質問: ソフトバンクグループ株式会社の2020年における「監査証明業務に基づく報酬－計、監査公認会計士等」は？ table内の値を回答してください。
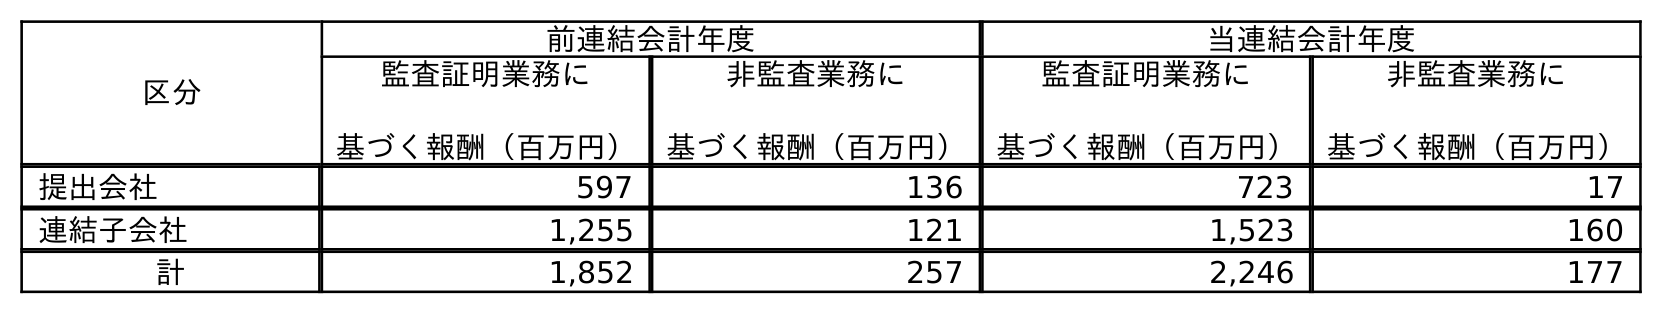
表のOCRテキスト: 区分 前連結会計年度 当連結会計年度 監査証明業務に 基づく報酬（百万円） 非監査業務に 基づく報酬（百万円） 監査証明業務に 基づく報酬（百万円） 非監査業務に 基づく報酬（百万円） 提出会社 597 136 723 17 連結子会社 1,255 121 1,523 160 計 1,852 257 2,246 177
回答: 2,246